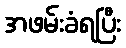
အဖမ်းခံရပြီး